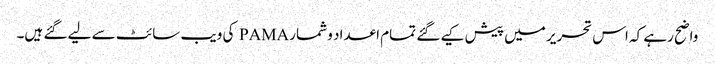
واضح رہے کہ اس تحریر میں پیش کیے گئے تمام اعداد و شمار PAMA کی ویب سائٹ سے لیے گئے ہیں۔